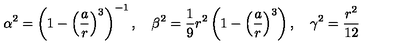
\alpha ^ { 2 } = \left( 1 - \left( { \frac { a } { r } } \right) ^ { 3 } \right) ^ { - 1 } , \quad \beta ^ { 2 } = \frac 1 9 r ^ { 2 } \left( 1 - \left( { \frac { a } { r } } \right) ^ { 3 } \right) , \quad \gamma ^ { 2 } = \frac { \displaystyle r ^ { 2 } } { 1 2 }